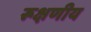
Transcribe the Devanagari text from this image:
रूक्षणीय